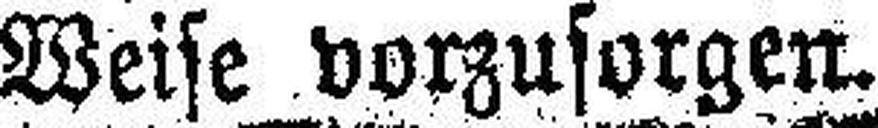
Weise vorzusorgen.